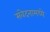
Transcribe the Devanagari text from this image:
संवेदनामध्ये